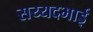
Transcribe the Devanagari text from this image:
सय्यदभाई